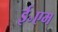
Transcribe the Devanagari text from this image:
ई॰एम